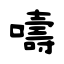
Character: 嚋